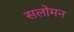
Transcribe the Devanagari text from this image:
सलोमन